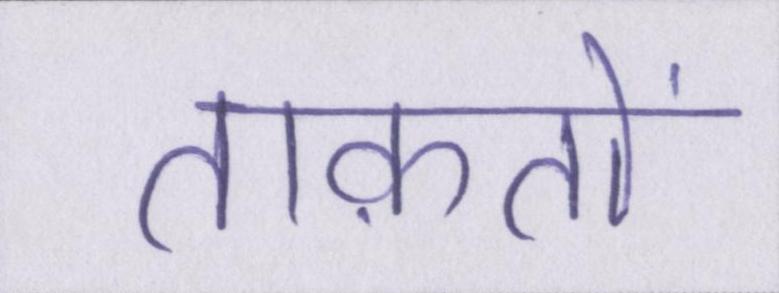
ताक़तों